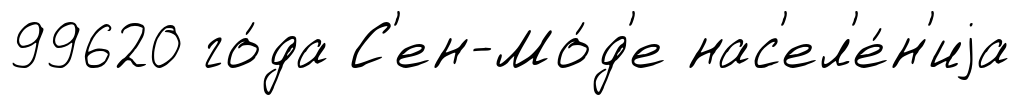
99620 го́да С'ен-Мо́д'е нас'ел'е́н'иjа